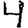
Digit: 4